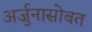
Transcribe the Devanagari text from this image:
अर्जुनासोबत